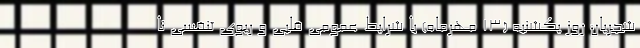
شجریان روز یکشنبه (۱۳ مهرماه) با شرایط عمومی قلبی و ریوی تنفسی نا